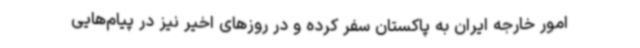
امور خارجه ایران به پاکستان سفر کرده و در روزهای اخیر نیز در پیام‌هایی